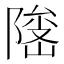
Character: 𱀫